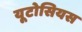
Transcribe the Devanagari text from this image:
यूटोसियस